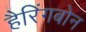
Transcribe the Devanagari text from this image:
हैरिंगबोन